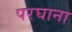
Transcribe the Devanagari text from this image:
परघाना